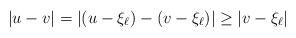
LaTeX: \begin{align*}|u-v|=|(u-\xi_{\ell})-(v-\xi_{\ell})|\geq |v-\xi_{\ell}|\end{align*}